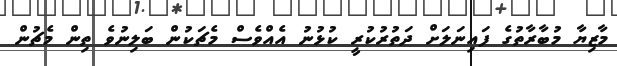
މާޒިޔާ މުބާރާތުގެ ފައިނަލަށް ދަތުރުކުރީ ކުޅުނު އެއްވެސް މެޗަކުން ބަލިނުވެ ތިން މެޗުން